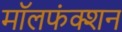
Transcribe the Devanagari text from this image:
मॉलफंक्शन